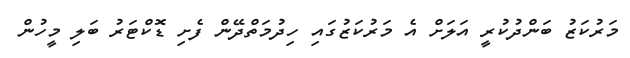
މަރުކަޒު ބަންދުކުރީ އަލަށް އެ މަރުކަޒުގައި ހިދުމަތްދޭން ފެށި ޑޮކްޓަރު ބަލި މީހުން